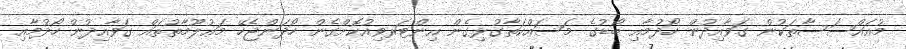
މުއައްސަސާތަކުން ގަވާއިދުން ހޯދުމާއި ބޯޑުގެ މަސައްކަތާގުޅިގެން އިންޓަރވިއުކޮށްގެން ހޯދަންޖެހޭ މަޢުލޫމާތުތައް ގަވާއިދުން ހޯދުމާއި